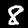
Label: 8